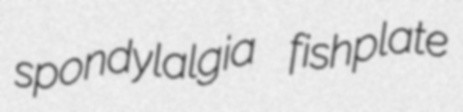
spondylalgia fishplate